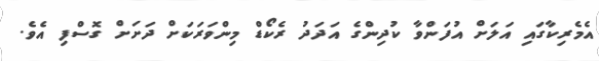
އެމެރިކާގައި އަލަށް އުފަންވާ ކުދިންގެ އަދަދު ރެކޯޑް މިންވަރަކަށް ދަށަށް ގޮސްފި އެވެ.